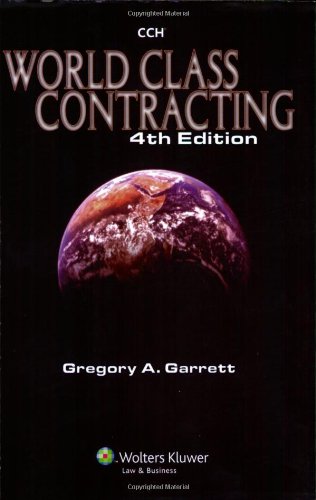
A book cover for World Class Contracting 4e; Gregory A. Garrett; Law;